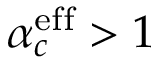
\alpha _ { c } ^ { \mathrm { e f f } } > 1